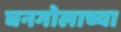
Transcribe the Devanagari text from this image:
घनगोलाच्या